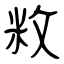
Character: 敉